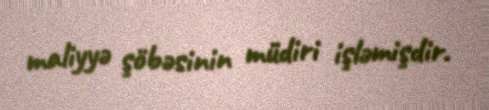
maliyyə şöbəsinin müdiri işləmişdir.